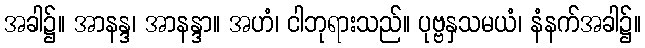
အခါ၌။ အာနန္ဒ၊ အာနန္ဒာ။ အဟံ၊ ငါဘုရားသည်။ ပုဗ္ဗနှသမယံ၊ နံနက်အခါ၌။